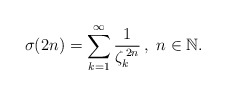
\begin{align*}\sigma(2n)=\sum_{k=1}^{\infty}\frac{1}{\zeta_{k}^{\,2n}}\,,\ n\in\mathbb{N}.\end{align*}